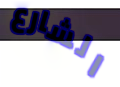
الشارع